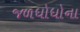
જળધોધોના